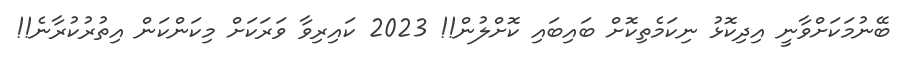
ބޭނުމަކަށްވާނީ އިދިކޮޅު ނިކަމެތިކޮށް ބައިބައި ކޮށްލުން!! 2023 ކައިރިވާ ވަރަކަށް މިކަންކަން އިތުރުކުރާނެ!!